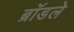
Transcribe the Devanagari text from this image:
ब्रॉडले